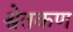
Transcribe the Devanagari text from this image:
श्वेतकण